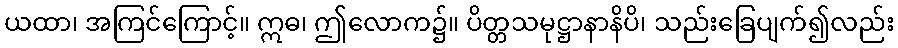
ယထာ၊ အကြင်ကြောင့်။ ဣဓ၊ ဤလောက၌။ ပိတ္တသမုဋ္ဌာနာနိပိ၊ သည်းခြေပျက်၍လည်း